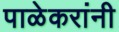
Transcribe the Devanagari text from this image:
पाळेकरांनी